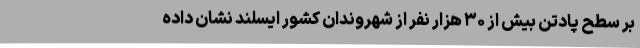
بر سطح پادتن بیش از ۳۰ هزار نفر از شهروندان کشور ایسلند نشان داده